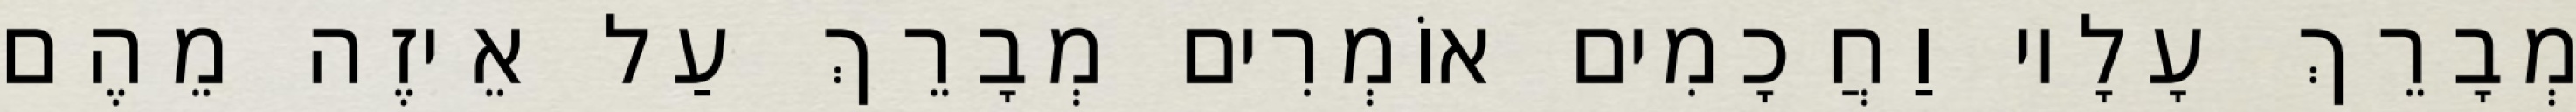
מְבָרֵךְ עָלָיו וַחֲכָמִים אוֹמְרִים מְבָרֵךְ עַל אֵיזֶה מֵהֶם